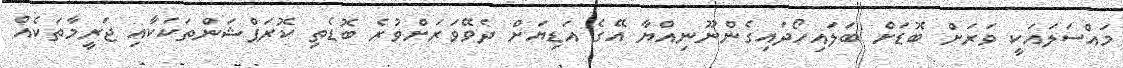
މައްސަލައަކީ ވަރަށް ބޮޑަށް ބަލައިހޯދައިގެންނޫނިއްޔާ އޭގެ އަޑިޔަށް ދެވޭވަރަށްވުރެ ބޮޑެތި ކޮރަޕްޝަންތަކަކާއި ޖަރީމާތަކެއް